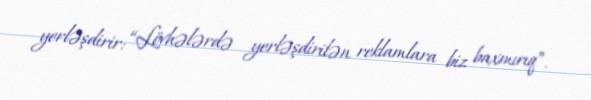
yerləşdirir: “Lövhələrdə yerləşdirilən reklamlara biz baxmırıq”.